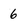
Character: 6